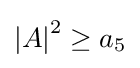
{\left\vert A\right\vert }^{2}\geq a_{5}